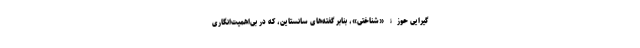
گیرایی حوزۀ «شناختی»، بنابر گفته‌های سانستاین، که در بی‌اهمیت‌انگاریِ